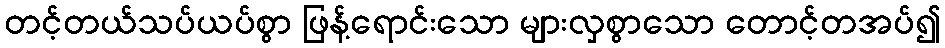
တင့်တယ်သပ်ယပ်စွာ ဖြန့်ရောင်းသော များလှစွာသော တောင့်တအပ်၍